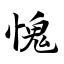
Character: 愧